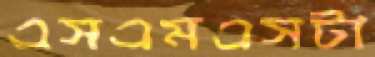
এসএমএসটা